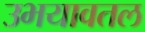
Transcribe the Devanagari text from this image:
उभयावतल